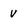
Character: v